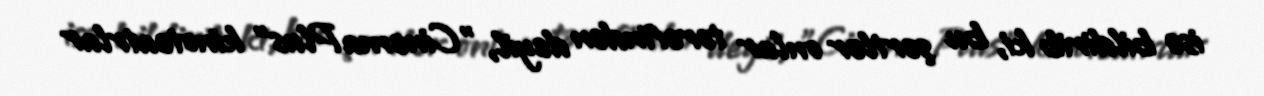
isə bildirib ki, bu şərtlər onlar tərəfindən deyil, "CinemaPlus” kinoteatrlar